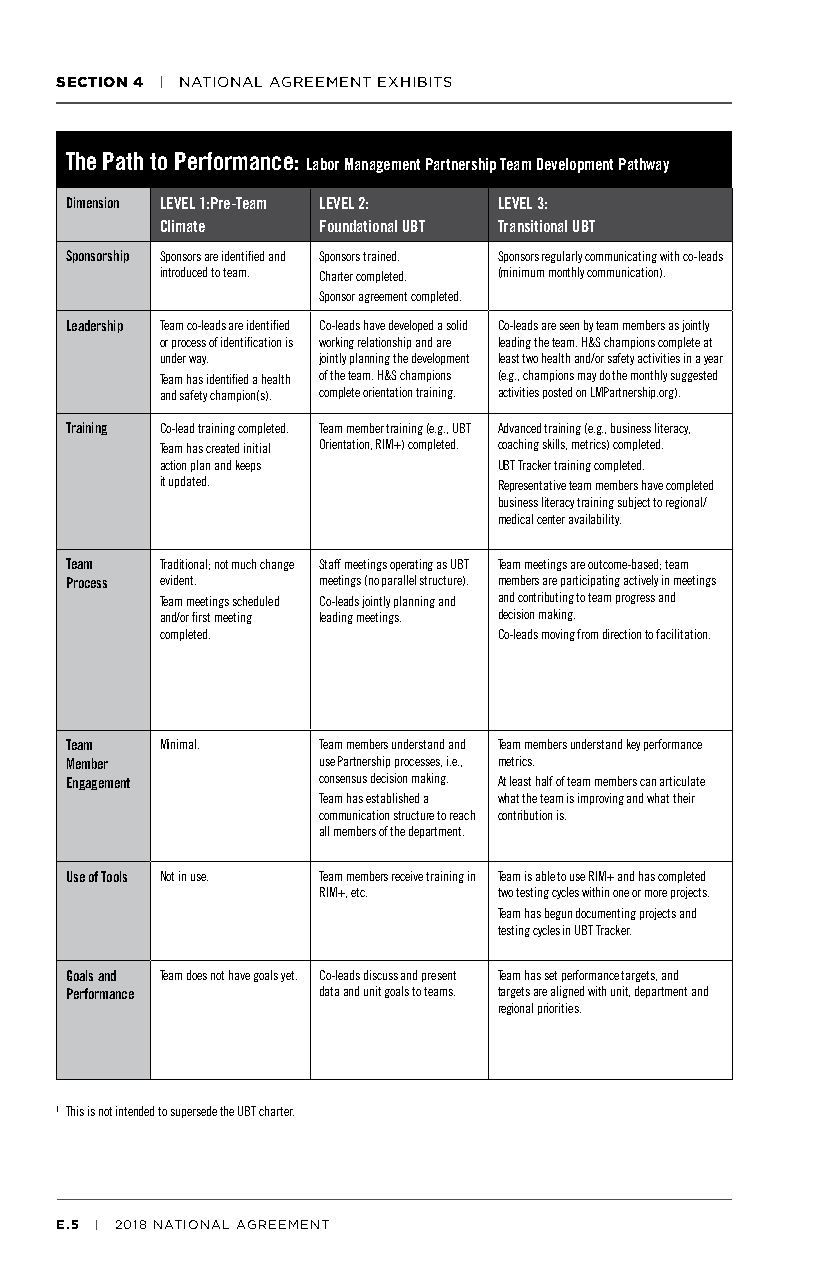
SECTION 4 | NATIONAL AGREEMENT EXHIBITS
 The Path to Performance:
 Labor Management Partnership Team Development Pathway
 Dimension LEVEL 1:Pre-Team LEVEL 2: LEVEL 3:
 Climate   Foundational UBT Transitional UBT
 Sponsorship Sponsors are identified and Sponsors trained. Sponsors regularly communicating with co-leads
 introduced to team. Charter completed. (minimum monthly communication).
 Sponsor agreement completed.
 Leadership Team co-leads are identified Co-leads have developed a solid Co-leads are seen by team members as jointly
 or process of identification is working relationship and are leading the team. H&S champions complete at
 under way. jointly planning the development least two health and/or safety activities in a year
 Team has identified a health of the team. H&S champions (e.g., champions may do the monthly suggested
 and safety champion(s). complete orientation training. activities posted on LMPartnership.org).
 Training Co-lead training completed. Team member training (e.g., UBT Advanced training (e.g., business literacy,
 Team has created initial Orientation, RIM+) completed. coaching skills, metrics) completed.
 action plan and keeps UBT Tracker training completed.
 it updated.           Representative team members have completed
 business literacy training subject to regional/
 medical center availability.
 Team   Traditional; not much change Staff meetings operating as UBT Team meetings are outcome-based; team
 Process evident. meetings (no parallel structure). members are participating actively in meetings
 Team meetings scheduled Co-leads jointly planning and and contributing to team progress and
 and/or first meeting leading meetings. decision making.
 completed.            Co-leads moving from direction to facilitation.
 Team   Minimal.  Team members understand and Team members understand key performance
 Member           use Partnership processes, i.e., metrics.
 Engagement       consensus decision making. At least half of team members can articulate
 Team has established a what the team is improving and what their
 communication structure to reach contribution is.
 all members of the department.
 Use of Tools Not in use. Team members receive training in Team is able to use RIM+ and has completed
 RIM+, etc.  two testing cycles within one or more projects.
 Team has begun documenting projects and
 testing cycles in UBT Tracker.
 Goals and Team does not have goals yet. Co-leads discuss and present Team has set performance targets, and
 Performance      data and unit goals to teams. targets are aligned with unit, department and
 regional priorities.
 1 This is not intended to supersede the UBT charter.
 E.5 | 2018 NATIONAL AGREEMENT